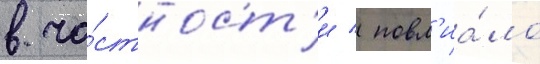
в ча́стност'и / повл'иа́ло